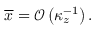
\overline { { x } } = \mathcal { O } \left( \kappa _ { z } ^ { - 1 } \right) .